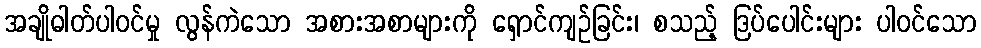
အချိုဓါတ်ပါဝင်မှု လွန်ကဲသော အစားအစာများကို ရှောင်ကျဉ်ခြင်း၊ စသည့် ဒြပ်ပေါင်းများ ပါဝင်သော